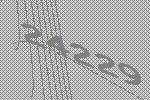
24229